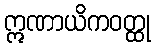
ဣဏာယိကဝတ္ထု